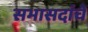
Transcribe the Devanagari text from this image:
सभासदांचें